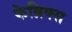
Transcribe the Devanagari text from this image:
फेब्रिक्स